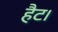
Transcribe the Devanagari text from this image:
हैट।